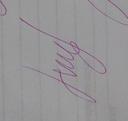
Signature authenticity: genuine